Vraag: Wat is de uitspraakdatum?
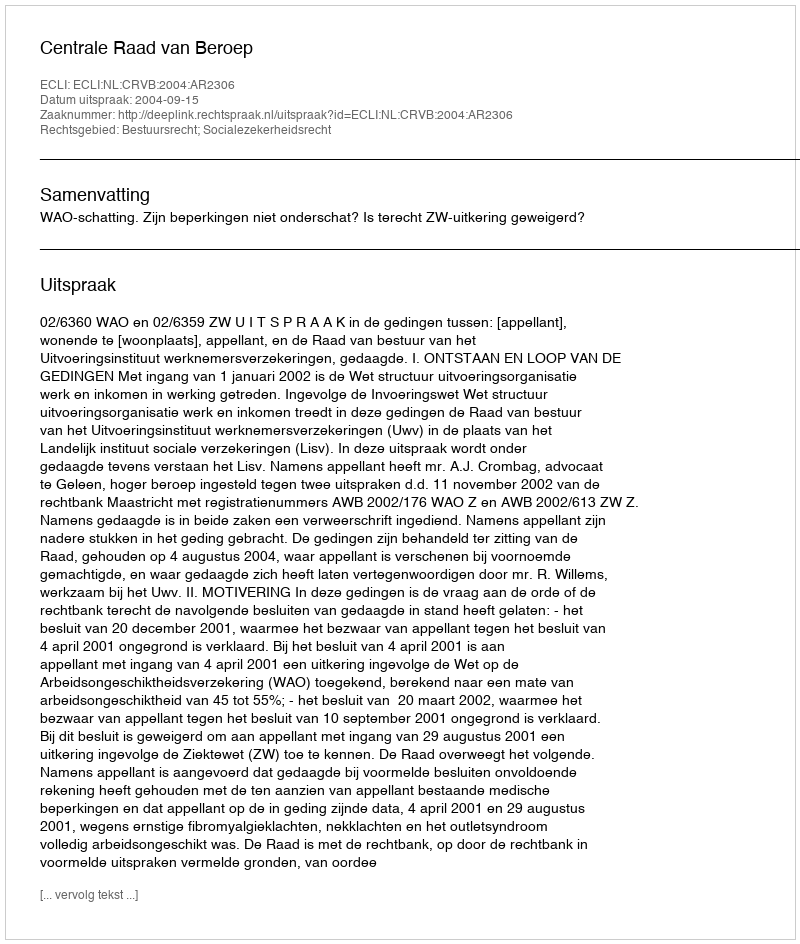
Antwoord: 2004-09-15